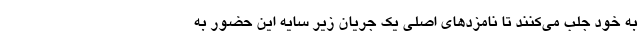
به خود جلب می‌کنند تا نامزدهای اصلی یک جریان زیر سایه این حضور به